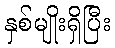
နှစ်မျိုးရှိပြီး